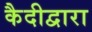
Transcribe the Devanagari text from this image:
कैदीद्वारा